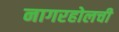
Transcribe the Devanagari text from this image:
नागरहोलची